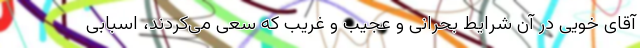
آقای خویی در آن شرایط بحرانی و عجیب و غریب که سعی می‌کردند، اسبابی